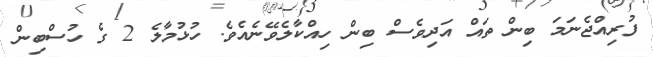
ފުރިއްޖެނަމަ ބިން ތައް އަދިވެސް ބިން ހިއްކާލެވޭނެއެވެ. ހުޅުމާލެ 2 ގެ ހުސްބިން